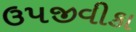
ઉપજીવીકા